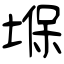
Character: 堢